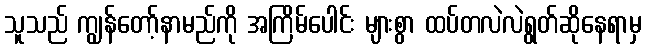
သူသည် ကျွန်တော့်နာမည်ကို အကြိမ်ပေါင်း များစွာ ထပ်တလဲလဲရွတ်ဆိုနေရာမှ